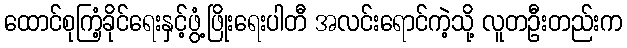
ထောင်စုကြံ့ခိုင်ရေးနှင့်ဖွံ့ဖြိုးရေးပါတီ အလင်းရောင်ကဲ့သို့ လူတဦးတည်းက